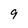
Character: 9